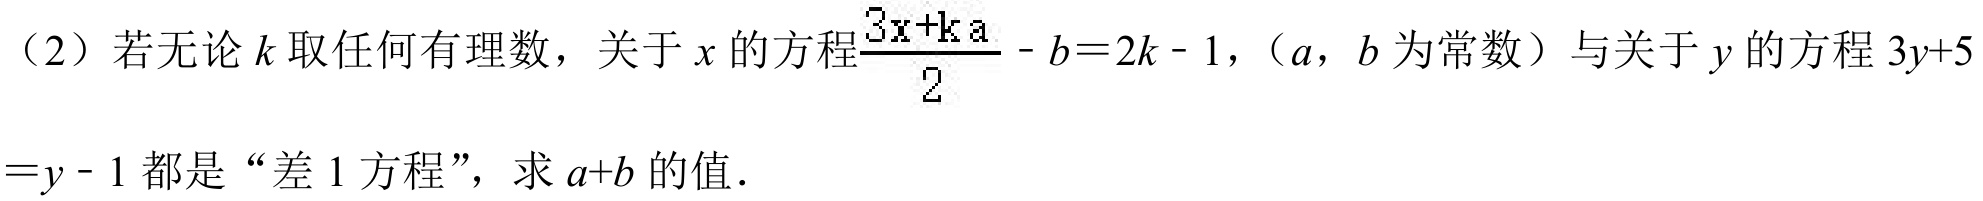
（2）若无论\(k\)取任何有理数，关于\(x\)的方程\(\frac{3x + ka}{2}-b = 2k - 1\)，（\(a\)，\(b\)为常数）与关于\(y\)的方程\(3y + 5=y - 1\)都是“差\(1\)方程”，求\(a + b\)的值．